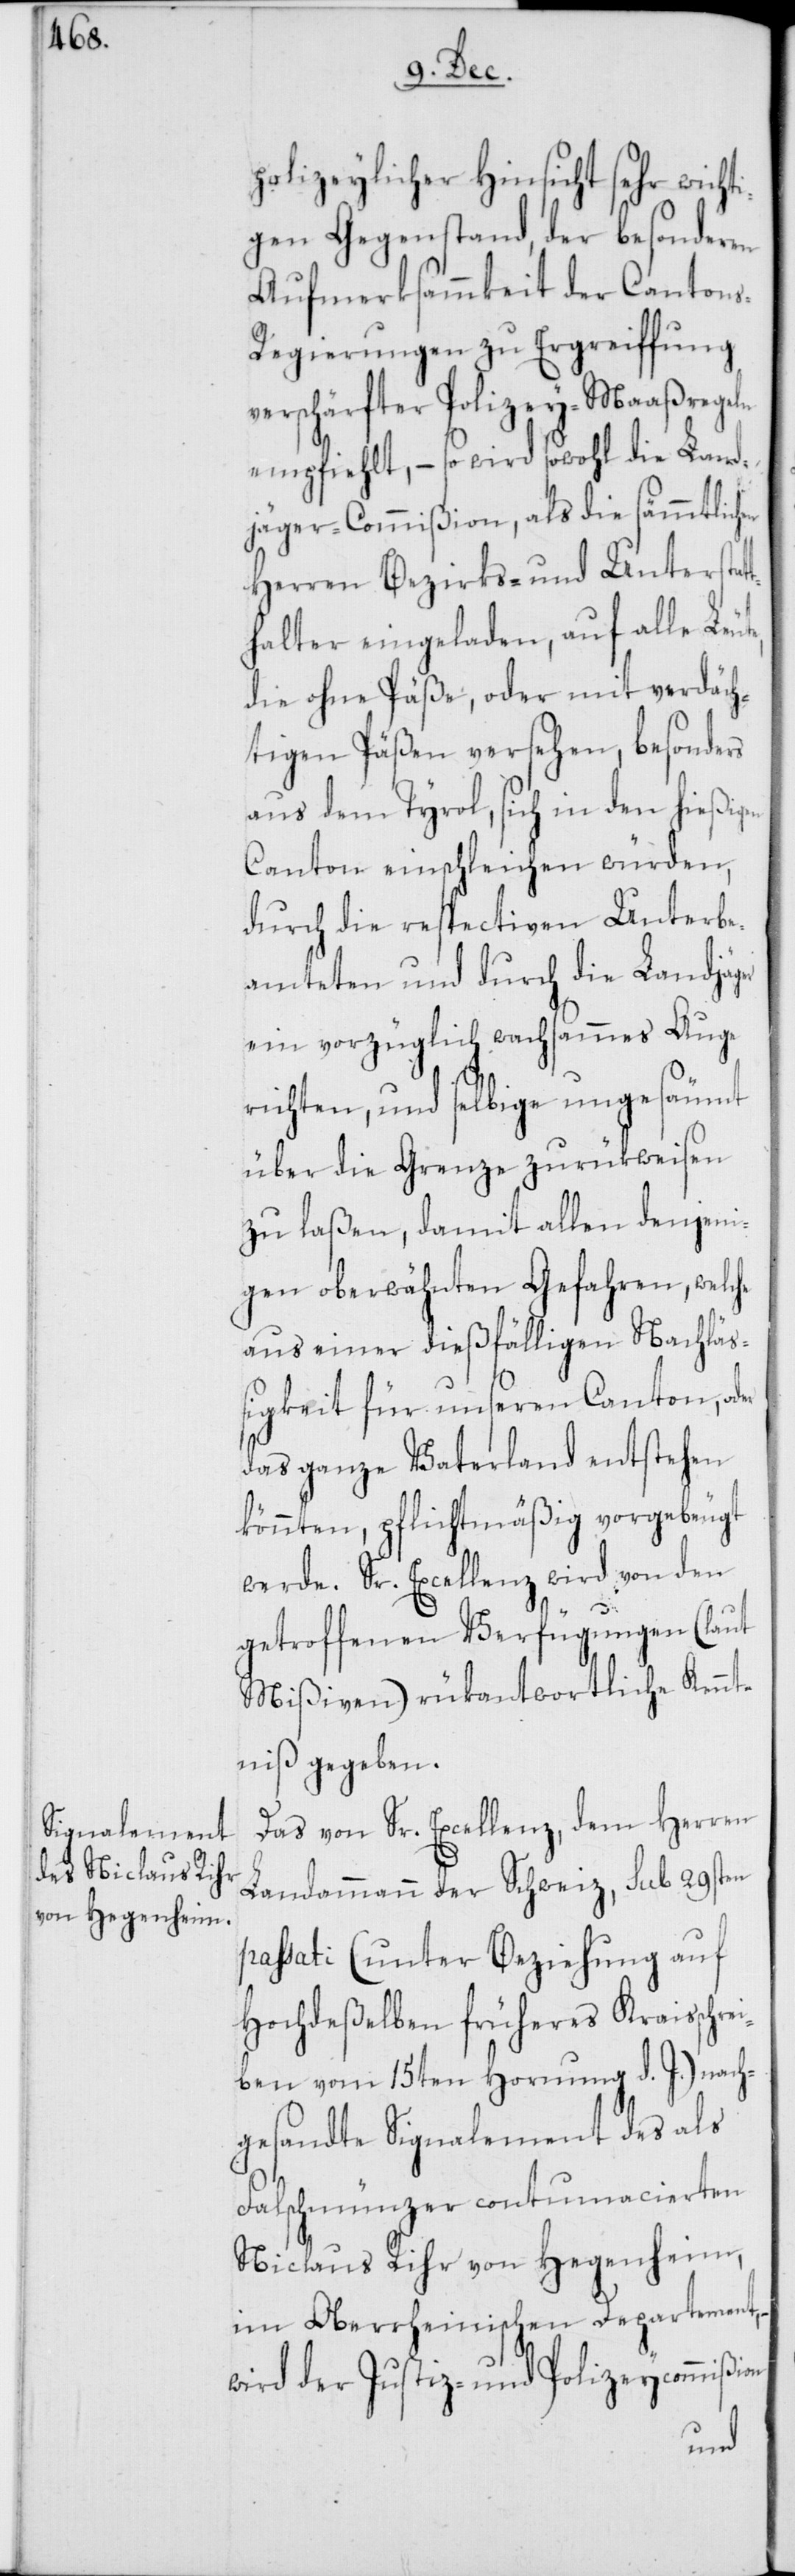
polizeylicher Hinsicht sehr wicht¬
igen Gegenstand, der besonderen
Aufmerksammkeit der Canton¬
s-Regierungen zu Ergreiffung
verschärfter Polizey-Maaßregeln
empfiehlt, – so wird sowohl die Land¬
jäger-Commißion, als die sämmtlichen
Herren Bezirks- und Unterstat¬
thalter eingeladen, auf alle Le¬
die ohne Päße, oder mit verdäch¬
tigen Päßen versehen, besonders
aus dem Tyrol, sich in den hießigen
Canton einschleichen würden,
durch die respectiven Unterbe¬
amteten und durch die Landjäger
ein vorzüglich wachsammes Auge
richten, und selbige ungesäumt
über die Grenze zurükweisen
zu laßen, damit allen denjeni¬
gen oberwähnten Gefahren, welche
aus einer dießfälligen Nachläß¬
igkeit für unseren Canton,
das ganze Vaterland entstehen
könnten, pflichtmäßig vorgebeugt
werde. Sr. Excellenz, wird von den
getroffenen Verfügungen (laut
Mißiven) rükantwortliche Kennt¬
niß gegeben.
Das von Sr. Excellenz, dem Herren
Landammann der Schweiz, sub 29sten
passati (unter Beziehung auf
Hochdeßelben früheres Kraisschre¬
iben vom 15ten Hornung d. J.) nach¬
gesandte Signalement des als
Falschmünzer contumacierten
Niclaus Rihr von Hegenheim,
im Oberrheinischen Departement,
wird der Justiz- und Polizeycommißion
ute,